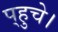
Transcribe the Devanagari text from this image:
प्‌हुचे।